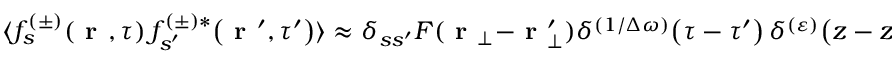
\langle f _ { s } ^ { ( \pm ) } \! \left( \textbf { r } , \tau \right) f _ { s ^ { \prime } } ^ { ( \pm ) * } \! \left( \textbf { r } ^ { \prime } , \tau ^ { \prime } \right) \rangle \approx \delta _ { s s ^ { \prime } } F ( \textbf { r } _ { \bot } - \textbf { r } _ { \bot } ^ { \prime } ) \delta ^ { ( 1 / \Delta \omega ) } \! \left( \tau - \tau ^ { \prime } \right) \delta ^ { ( \varepsilon ) } \! \left( z - z ^ { \prime } \right) .